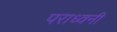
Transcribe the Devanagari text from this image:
पराध्वनी